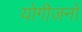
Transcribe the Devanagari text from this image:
योगीजनों